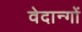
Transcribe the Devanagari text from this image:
वेदान्गों